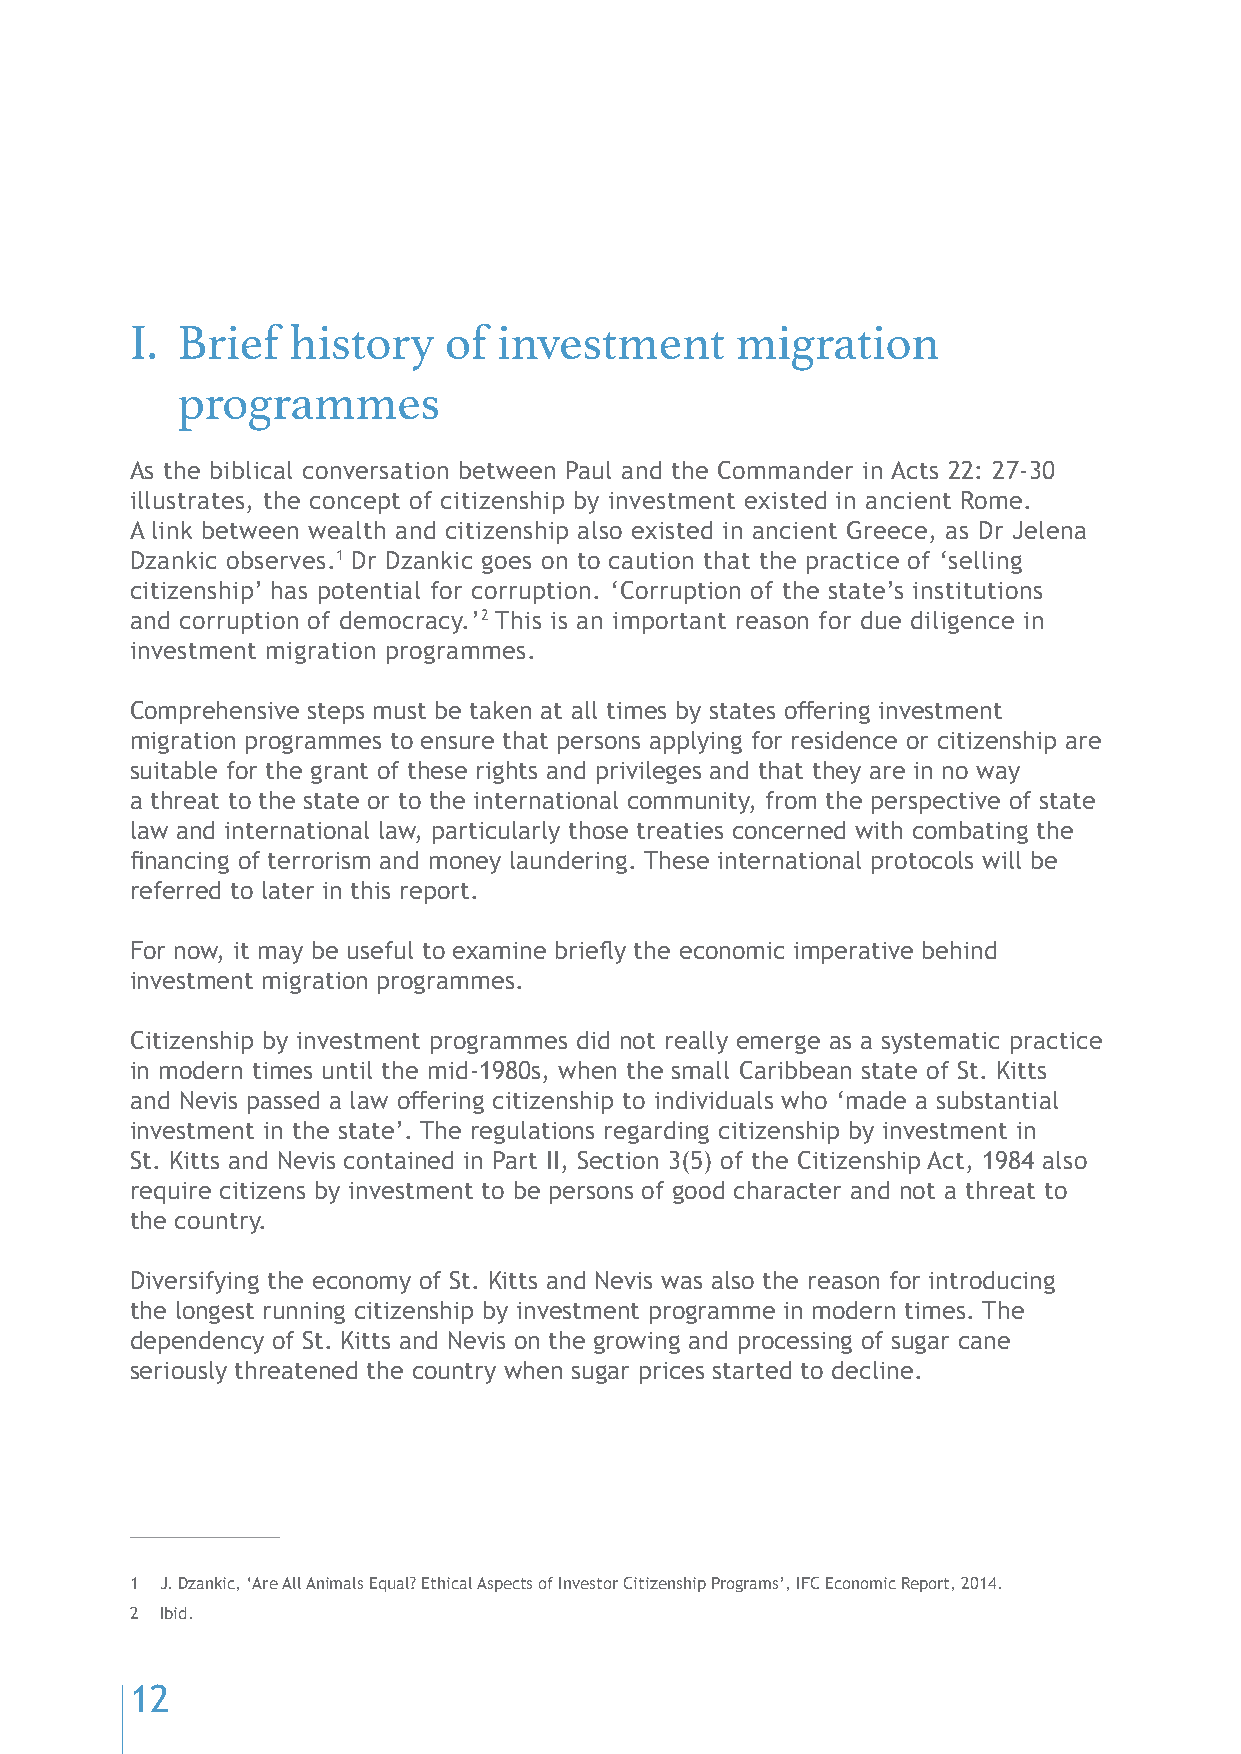
I. Brief  history   of  investment      migration
 programmes
 As the biblical conversation between Paul and the Commander in Acts 22: 27-30
 illustrates, the concept of citizenship by investment existed in ancient Rome.
 A link between wealth and citizenship also existed in ancient Greece, as Dr Jelena
 Dzankic observes.1 Dr Dzankic goes on to caution that the practice of ‘selling
 citizenship’ has potential for corruption. ‘Corruption of the state’s institutions
 and corruption of democracy.’2 This is an important reason for due diligence in
 investment migration programmes.
 Comprehensive steps must be taken at all times by states offering investment
 migration programmes to ensure that persons applying for residence or citizenship are
 suitable for the grant of these rights and privileges and that they are in no way
 a threat to the state or to the international community, from the perspective of state
 law and international law, particularly those treaties concerned with combating the
 financing of terrorism and money laundering. These international protocols will be
 referred to later in this report.
 For now, it may be useful to examine briefly the economic imperative behind
 investment migration programmes.
 Citizenship by investment programmes did not really emerge as a systematic practice
 in modern times until the mid-1980s, when the small Caribbean state of St. Kitts
 and Nevis passed a law offering citizenship to individuals who ‘made a substantial
 investment in the state’. The regulations regarding citizenship by investment in
 St. Kitts and Nevis contained in Part II, Section 3(5) of the Citizenship Act, 1984 also
 require citizens by investment to be persons of good character and not a threat to
 the country.
 Diversifying the economy of St. Kitts and Nevis was also the reason for introducing
 the longest running citizenship by investment programme in modern times. The
 dependency of St. Kitts and Nevis on the growing and processing of sugar cane
 seriously threatened the country when sugar prices started to decline.
 1 J. Dzankic, ‘Are All Animals Equal? Ethical Aspects of Investor Citizenship Programs’, IFC Economic Report, 2014.
 2 Ibid.
 12